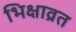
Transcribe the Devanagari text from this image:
भिक्षाव्रत